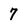
Character: 7